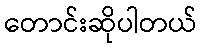
တောင်းဆိုပါတယ်